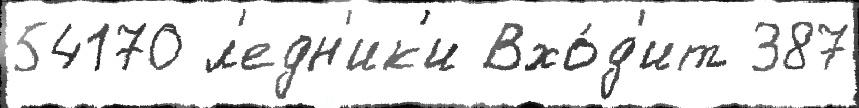
54170 л'едн'ик'и Вхо́д'ит 387